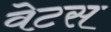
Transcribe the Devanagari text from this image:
वेटस